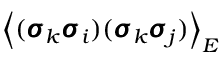
\left\langle ( \pmb { \sigma } _ { k } \pmb { \sigma } _ { i } ) ( \pmb { \sigma } _ { k } \pmb { \sigma } _ { j } ) \right\rangle _ { E }